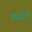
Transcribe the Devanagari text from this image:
स्पर्द्धापूर्ण